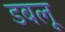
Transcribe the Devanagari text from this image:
डबलू